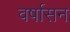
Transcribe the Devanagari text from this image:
वर्षासन